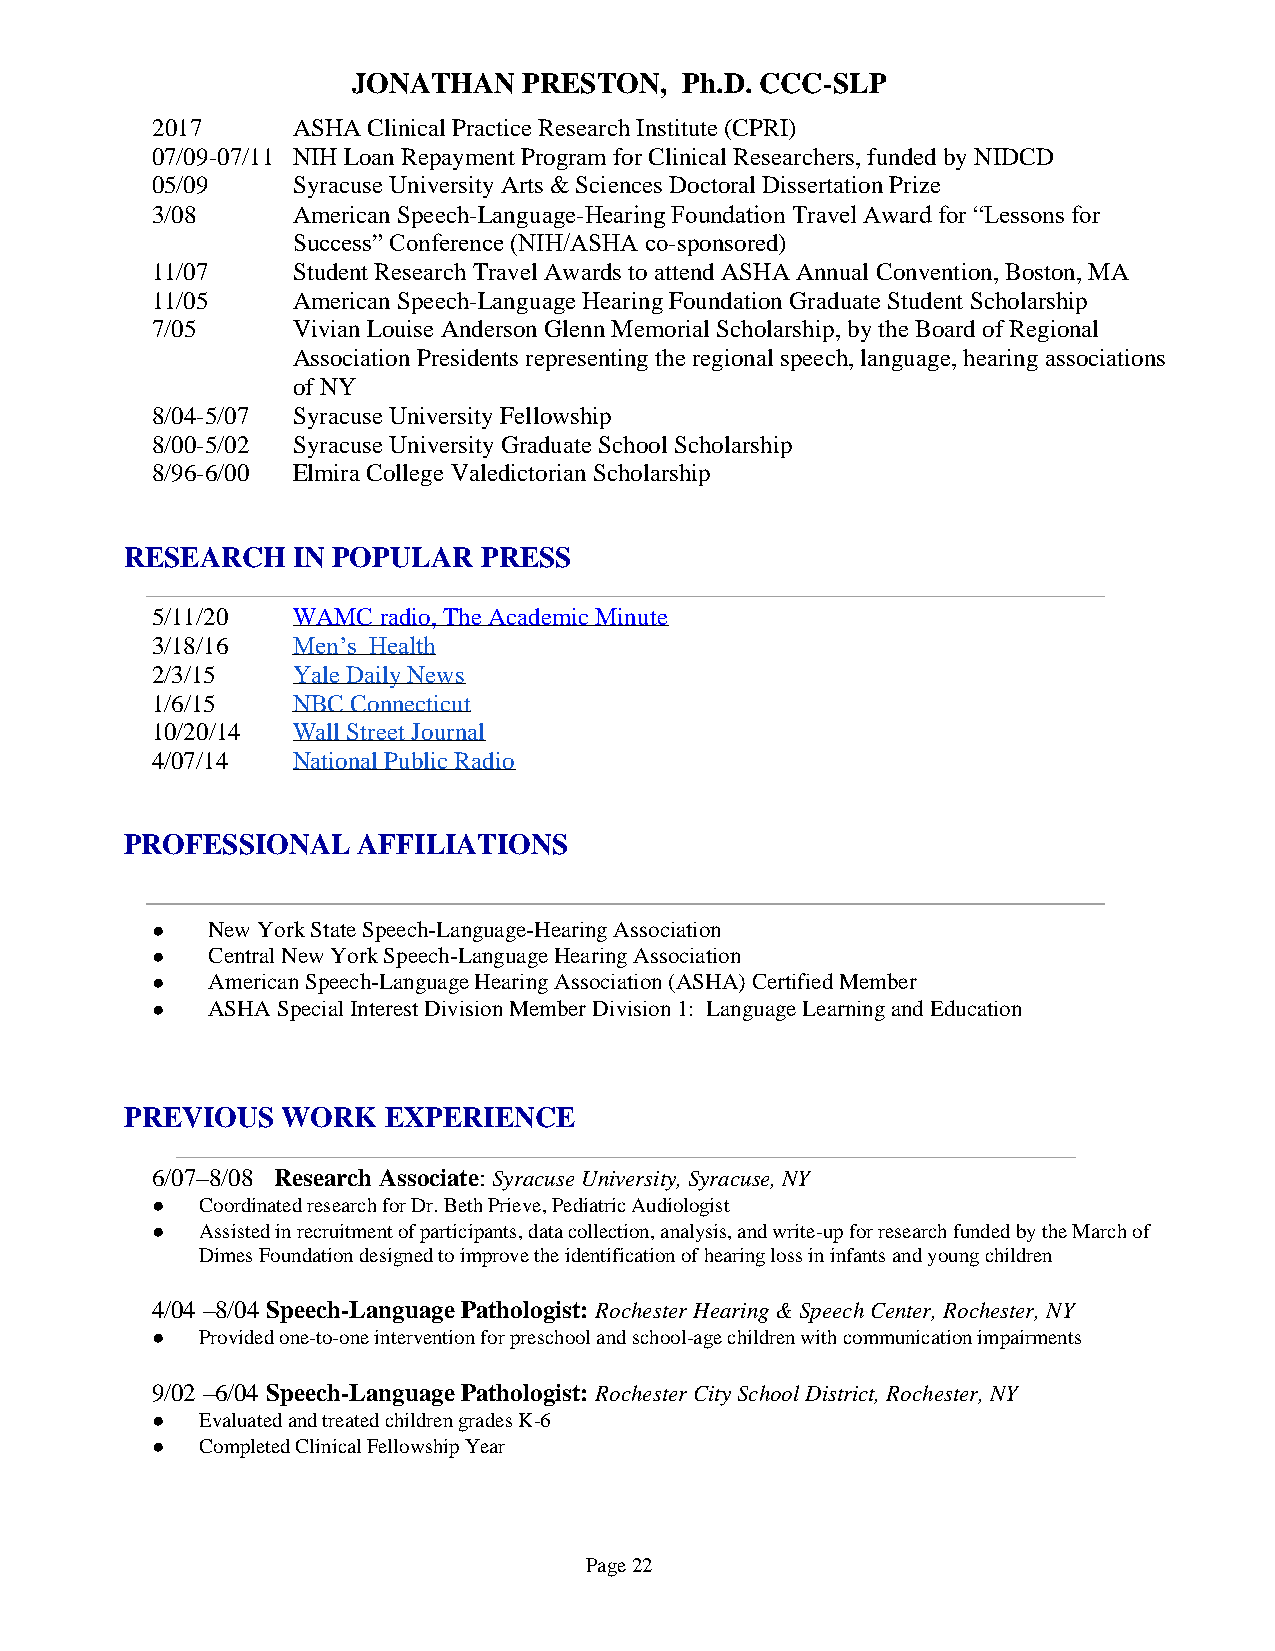
JONATHAN    PRESTON,  Ph.D. CCC-SLP
 2017     ASHA Clinical Practice Research Institute (CPRI)
 07/09-07/11 NIH Loan Repayment Program for Clinical Researchers, funded by NIDCD
 05/09    Syracuse University Arts & Sciences Doctoral Dissertation Prize
 3/08     American Speech-Language-Hearing Foundation Travel Award for “Lessons for
 Success” Conference (NIH/ASHA co-sponsored)
 11/07    Student Research Travel Awards to attend ASHA Annual Convention, Boston, MA
 11/05    American Speech-Language Hearing Foundation Graduate Student Scholarship
 7/05     Vivian Louise Anderson Glenn Memorial Scholarship, by the Board of Regional
 Association Presidents representing the regional speech, language, hearing associations
 of NY
 8/04-5/07 Syracuse University Fellowship
 8/00-5/02 Syracuse University Graduate School Scholarship
 8/96-6/00 Elmira College Valedictorian Scholarship
 RESEARCH   IN POPULAR   PRESS
 5/11/20  WAMC  radio, The Academic Minute
 3/18/16  Men’s Health
 2/3/15   Yale Daily News
 1/6/15   NBC Connecticut
 10/20/14 Wall Street Journal
 4/07/14  National Public Radio
 PROFESSIONAL    AFFILIATIONS
 ●   New York State Speech-Language-Hearing Association
 ●   Central New York Speech-Language Hearing Association
 ●   American Speech-Language Hearing Association (ASHA) Certified Member
 ●   ASHA Special Interest Division Member Division 1: Language Learning and Education
 PREVIOUS   WORK  EXPERIENCE
 6/07–8/08 Research Associate: Syracuse University, Syracuse, NY
 ●  Coordinated research for Dr. Beth Prieve, Pediatric Audiologist
 ●  Assisted in recruitment of participants, data collection, analysis, and write-up for research funded by the March of
 Dimes Foundation designed to improve the identification of hearing loss in infants and young children
 4/04 –8/04 Speech-Language Pathologist: Rochester Hearing & Speech Center, Rochester, NY
 ●  Provided one-to-one intervention for preschool and school-age children with communication impairments
 9/02 –6/04 Speech-Language Pathologist: Rochester City School District, Rochester, NY
 ●  Evaluated and treated children grades K-6
 ●  Completed Clinical Fellowship Year
 Page 22